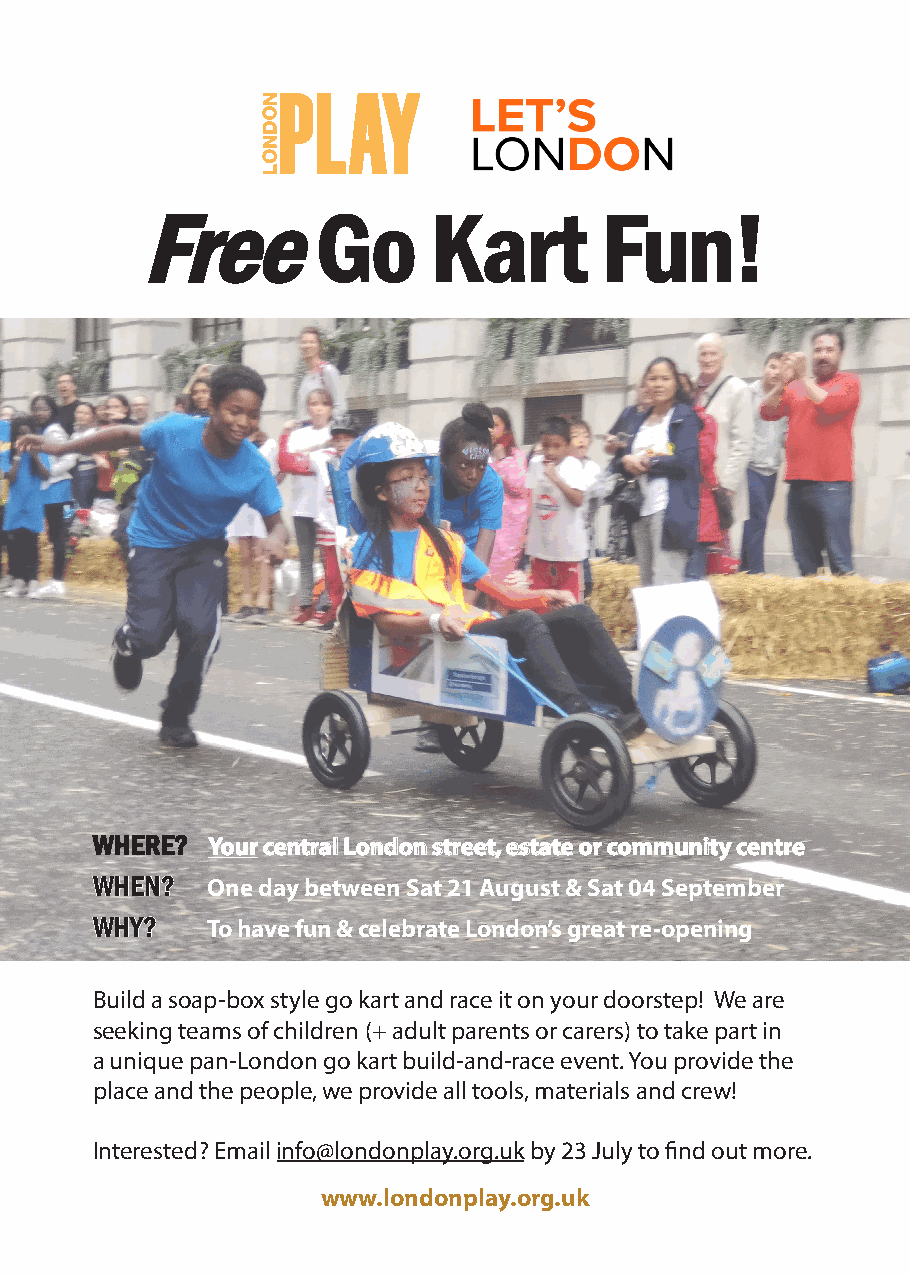
FFrreeee    GGoo   KKaarrtt    FFuunn!!
 WWHHEERREE?? YYoouurr cceennttrraall LLoonnddoonn ssttrreeeett,, eessttaattee oorr ccoommmmuunniittyy cceennttrree
 WWHHEENN?? One day between Sat 21 August & Sat 04 September
 WWHHYY?? To have fun & celebrate London’s great re-opening
 Build a soap-box style go kart and race it on your doorstep! We are
 seeking teams of children (+ adult parents or carers) to take part in
 a unique pan-London go kart build-and-race event. You provide the
 place and the people, we provide all tools, materials and crew!
 Interested? Email info@londonplay.org.uk by 23 July to find out more.
 www.londonplay.org.uk